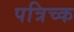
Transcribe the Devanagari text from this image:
पत्रिच्क